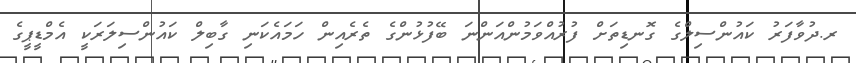
ރ.ދުވާފަރު ކައުންސިލްގެ ގޮނޑިތަށް ފުރުއްވަމުންއަންނަ ބޭފުޅުންގެ ތެރެއިން ހަމައެކަނި ގާބިލް ކައުންސިލަރަކީ އެމްޑީޕީގެ